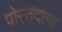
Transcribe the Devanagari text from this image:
पोस्तदाना